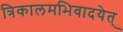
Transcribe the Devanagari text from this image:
त्रिकालमभिवादयेत्